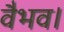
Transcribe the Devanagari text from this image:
वैभव।